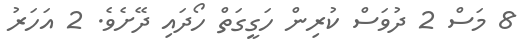
8 މަސް 2 ދުވަސް ކުރިން ހަގީގަތް ހޯދައި ދޭށެވެ. 2 އަހަރު